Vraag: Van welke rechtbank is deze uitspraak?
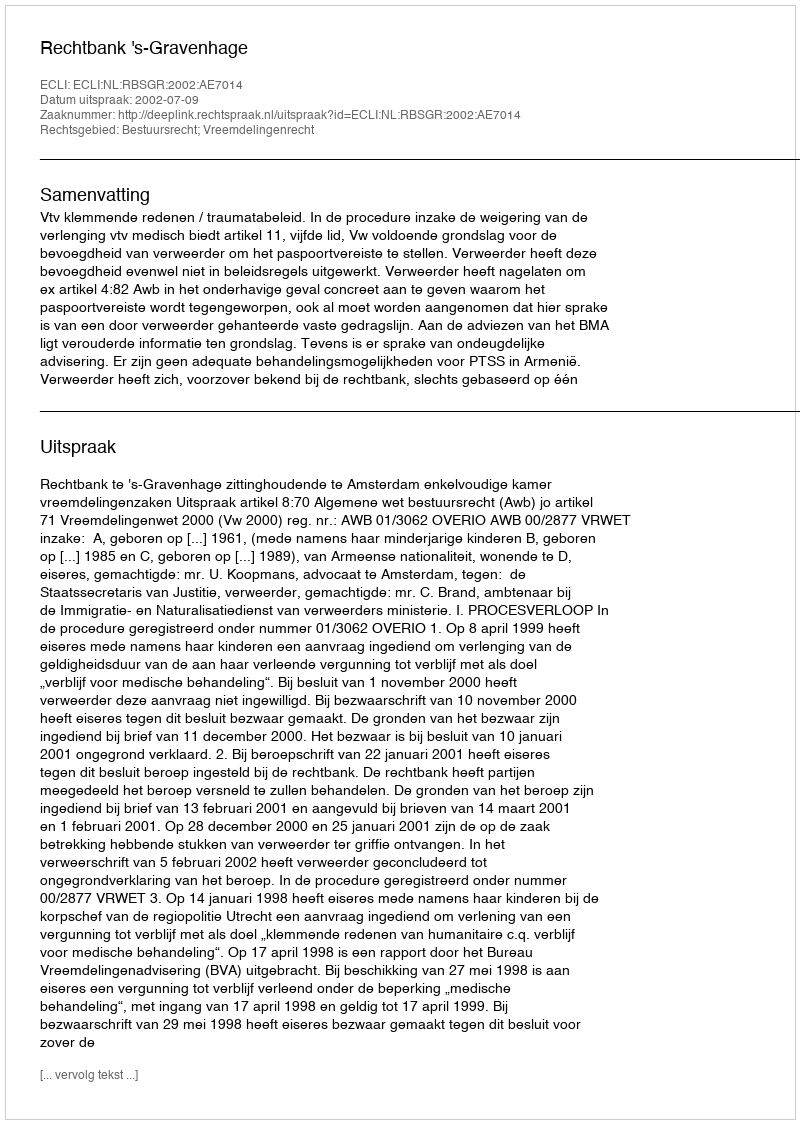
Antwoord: Rechtbank 's-Gravenhage